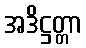
အဒိဋ္ဌတ္တာ